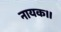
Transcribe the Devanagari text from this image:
नायक॥